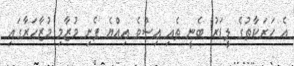
އެ ހަރަކާތުގެ ލީޑަރު ބެނީ ތެއި އިސްވެ އިއްޔެ ފެށި މުޒާމި މުޒާހަރާގައި